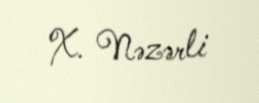
X. Nəzərli